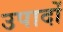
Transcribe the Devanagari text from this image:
उपादों